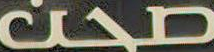
صحن